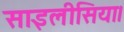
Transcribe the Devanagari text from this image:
साइलीसिया।